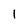
Character: 1